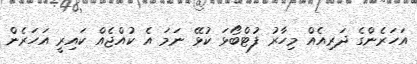
އަހަރެންގެ ދަރިއެއް މިހާރު ފުޓްބޯޅަ ކުޅޭ ނަމަ އެ ކުއްޖެއް ކައިރީ އަހަރެން